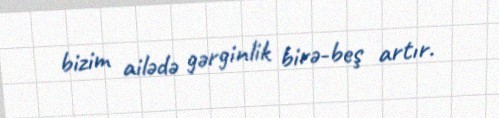
bizim ailədə gərginlik birə-beş artır.